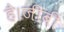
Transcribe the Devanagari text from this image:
है।जीबी